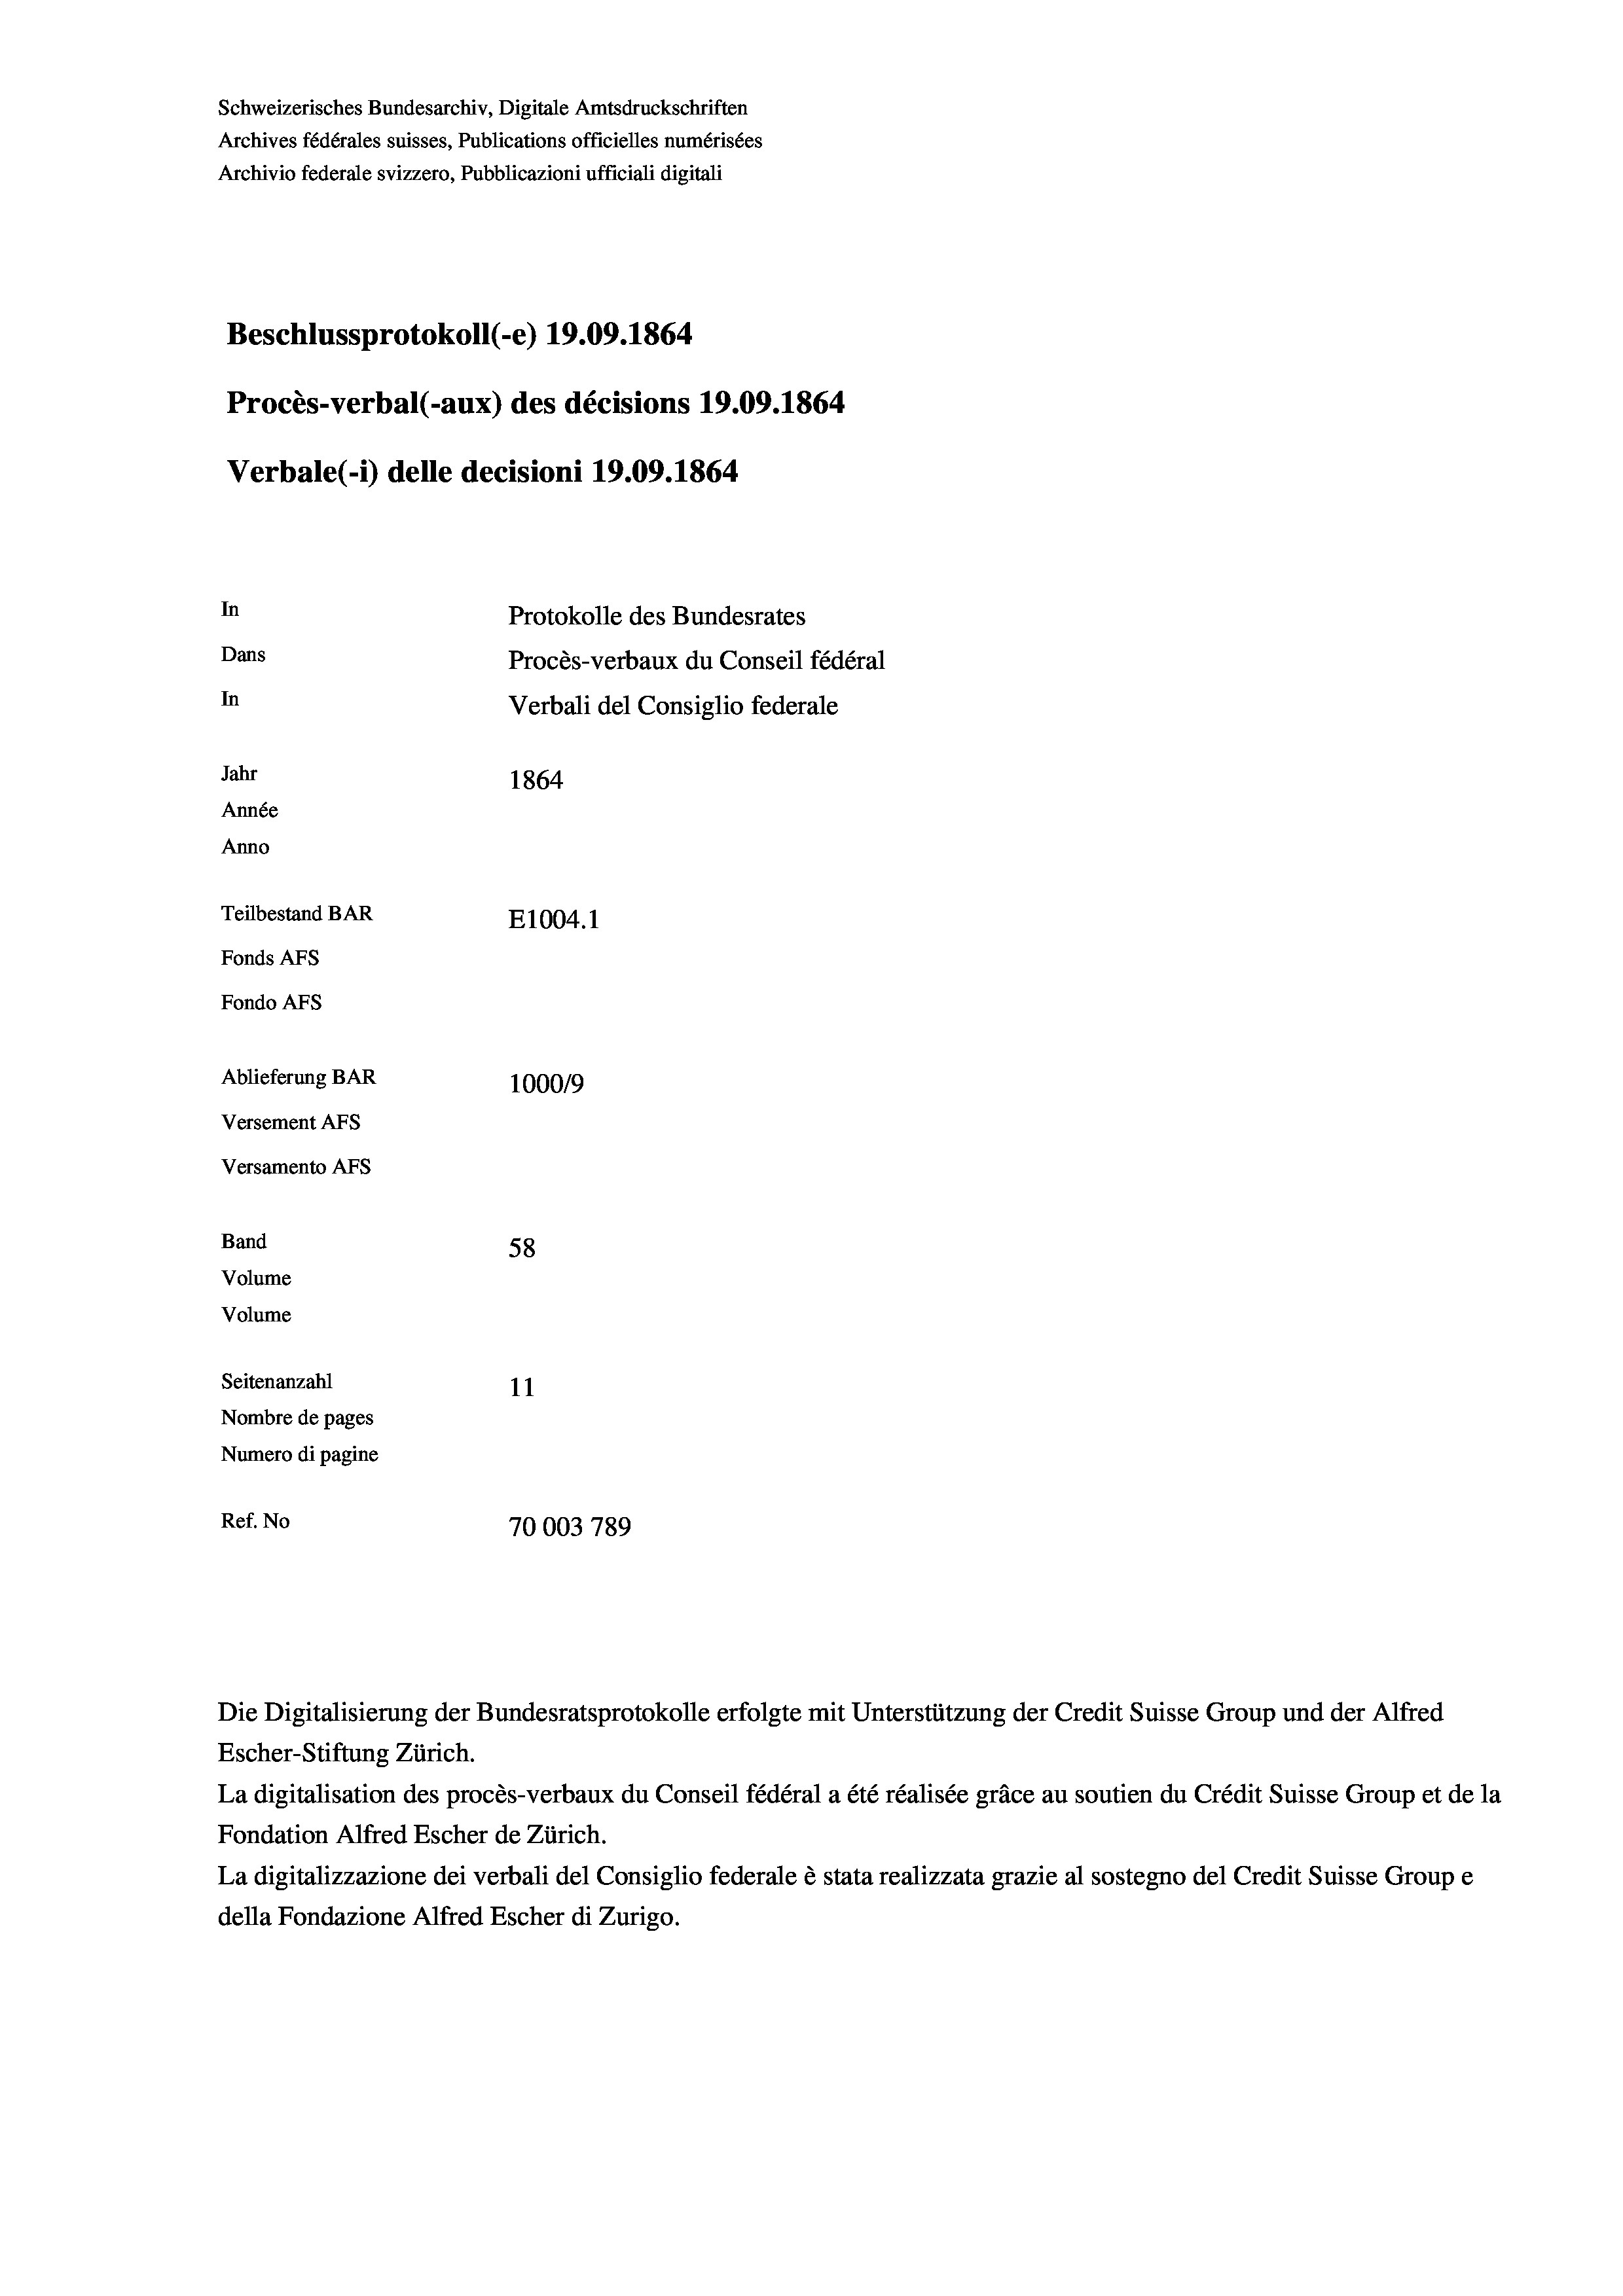
Schweizerisches Bundesarchiv, Digitale Amtsdruckschriften
Archives fédérales suisses, Publications officielles numérisées
Archivio federale svizzero, Pubblicazioni ufficiali digitali
Beschlussprotokoll (-e) 19.09. 1864
Procès-verbal (-aux) des décisions 19.09. 1864
Verbale (i) delle decisioni 19.09. 1864
In
Protokolle des Bundesrates
Dans
Procès-verbaux du Conseil fédéral
In
Verbali del Consiglio federale
Jahr
1864
Année
Anno
Teilbestand BAR
E1004. 1
Fonds AEs
Fondo AFs
Ablieferung BAR
100019
Versement AFS
Versamento AFs
Band
58

Seitenanzahl
11
Nombre de pages
Numero di pagine
Ref. No
70003 789

Volume
Volume

Escher-Stiftung Zürich.
La digitalisation des procès-verbaux du Conseil fédéral a été réalisée gräce au soutien du Crédit Suisse Group et de la
Fondation Alfred Escher de Zürich.
La digitalizzazione dei verbali del Consiglio federale è stata realizzata grazie al sostegno del Credit Suisse Groupe
della Fondazione Alfred Escher di Zurigo.

Die Digitalisierung der Bundesratsprotokolle erfolgte mit Unterstützung der Credit Suisse Group und der Alfred